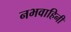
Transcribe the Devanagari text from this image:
नभवाहिनी